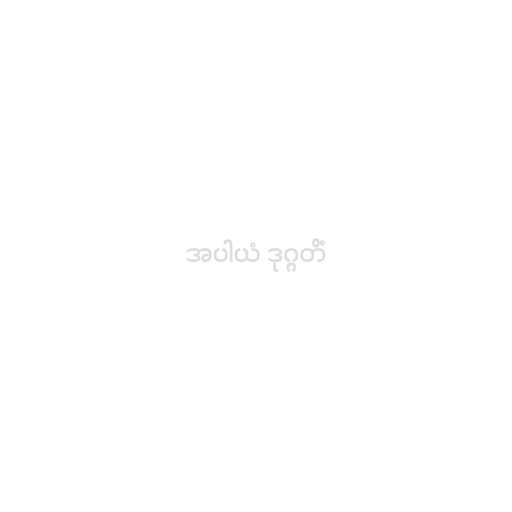
အပါယံ ဒုဂ္ဂတိံ